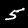
Label: 5